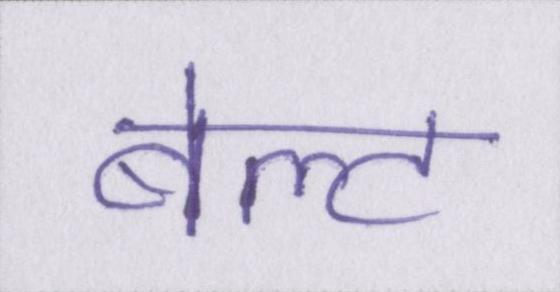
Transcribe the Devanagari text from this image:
बेल्ट